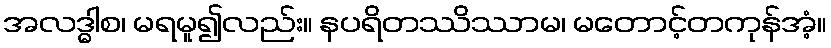
အလဒ္ဓါစ၊ မရမူ၍လည်း။ နပရိတဿိဿာမ၊ မတောင့်တကုန်အံ့။